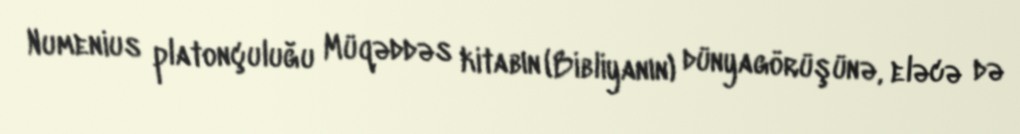
Numenius platonçuluğu Müqəddəs kitabın (Bibliyanın) dünyagörüşünə, eləcə də